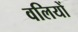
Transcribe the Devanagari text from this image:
वलियों